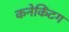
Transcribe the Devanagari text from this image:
कनेकिंटग